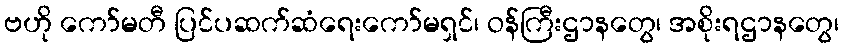
ဗဟို ကော်မတီ ပြင်ပဆက်ဆံရေးကော်မရှင်၊ ဝန်ကြီးဌာနတွေ၊ အစိုးရဌာနတွေ၊